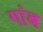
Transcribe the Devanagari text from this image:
गांब